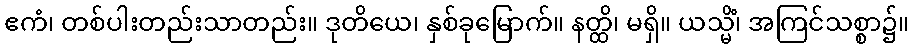
ဧကံ၊ တစ်ပါးတည်းသာတည်း။ ဒုတိယေ၊ နှစ်ခုမြောက်။ နတ္ထိ၊ မရှိ။ ယသ္မိံ၊ အကြင်သစ္စာ၌။